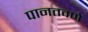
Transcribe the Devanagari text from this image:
पानतवणे